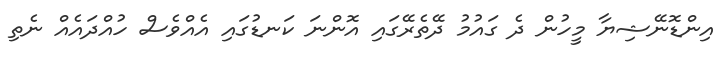
އިންޑޮނޭޝިޔާ މީހުން ދެ ގައުމު ދޭތެރޭގައި އޮންނަ ކަނޑުގައި އެއްވެސް ހުއްދައެއް ނެތި